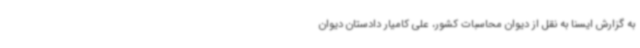
به گزارش ایسنا به نقل از دیوان محاسبات کشور، علی کامیار دادستان دیوان